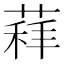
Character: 𦷑